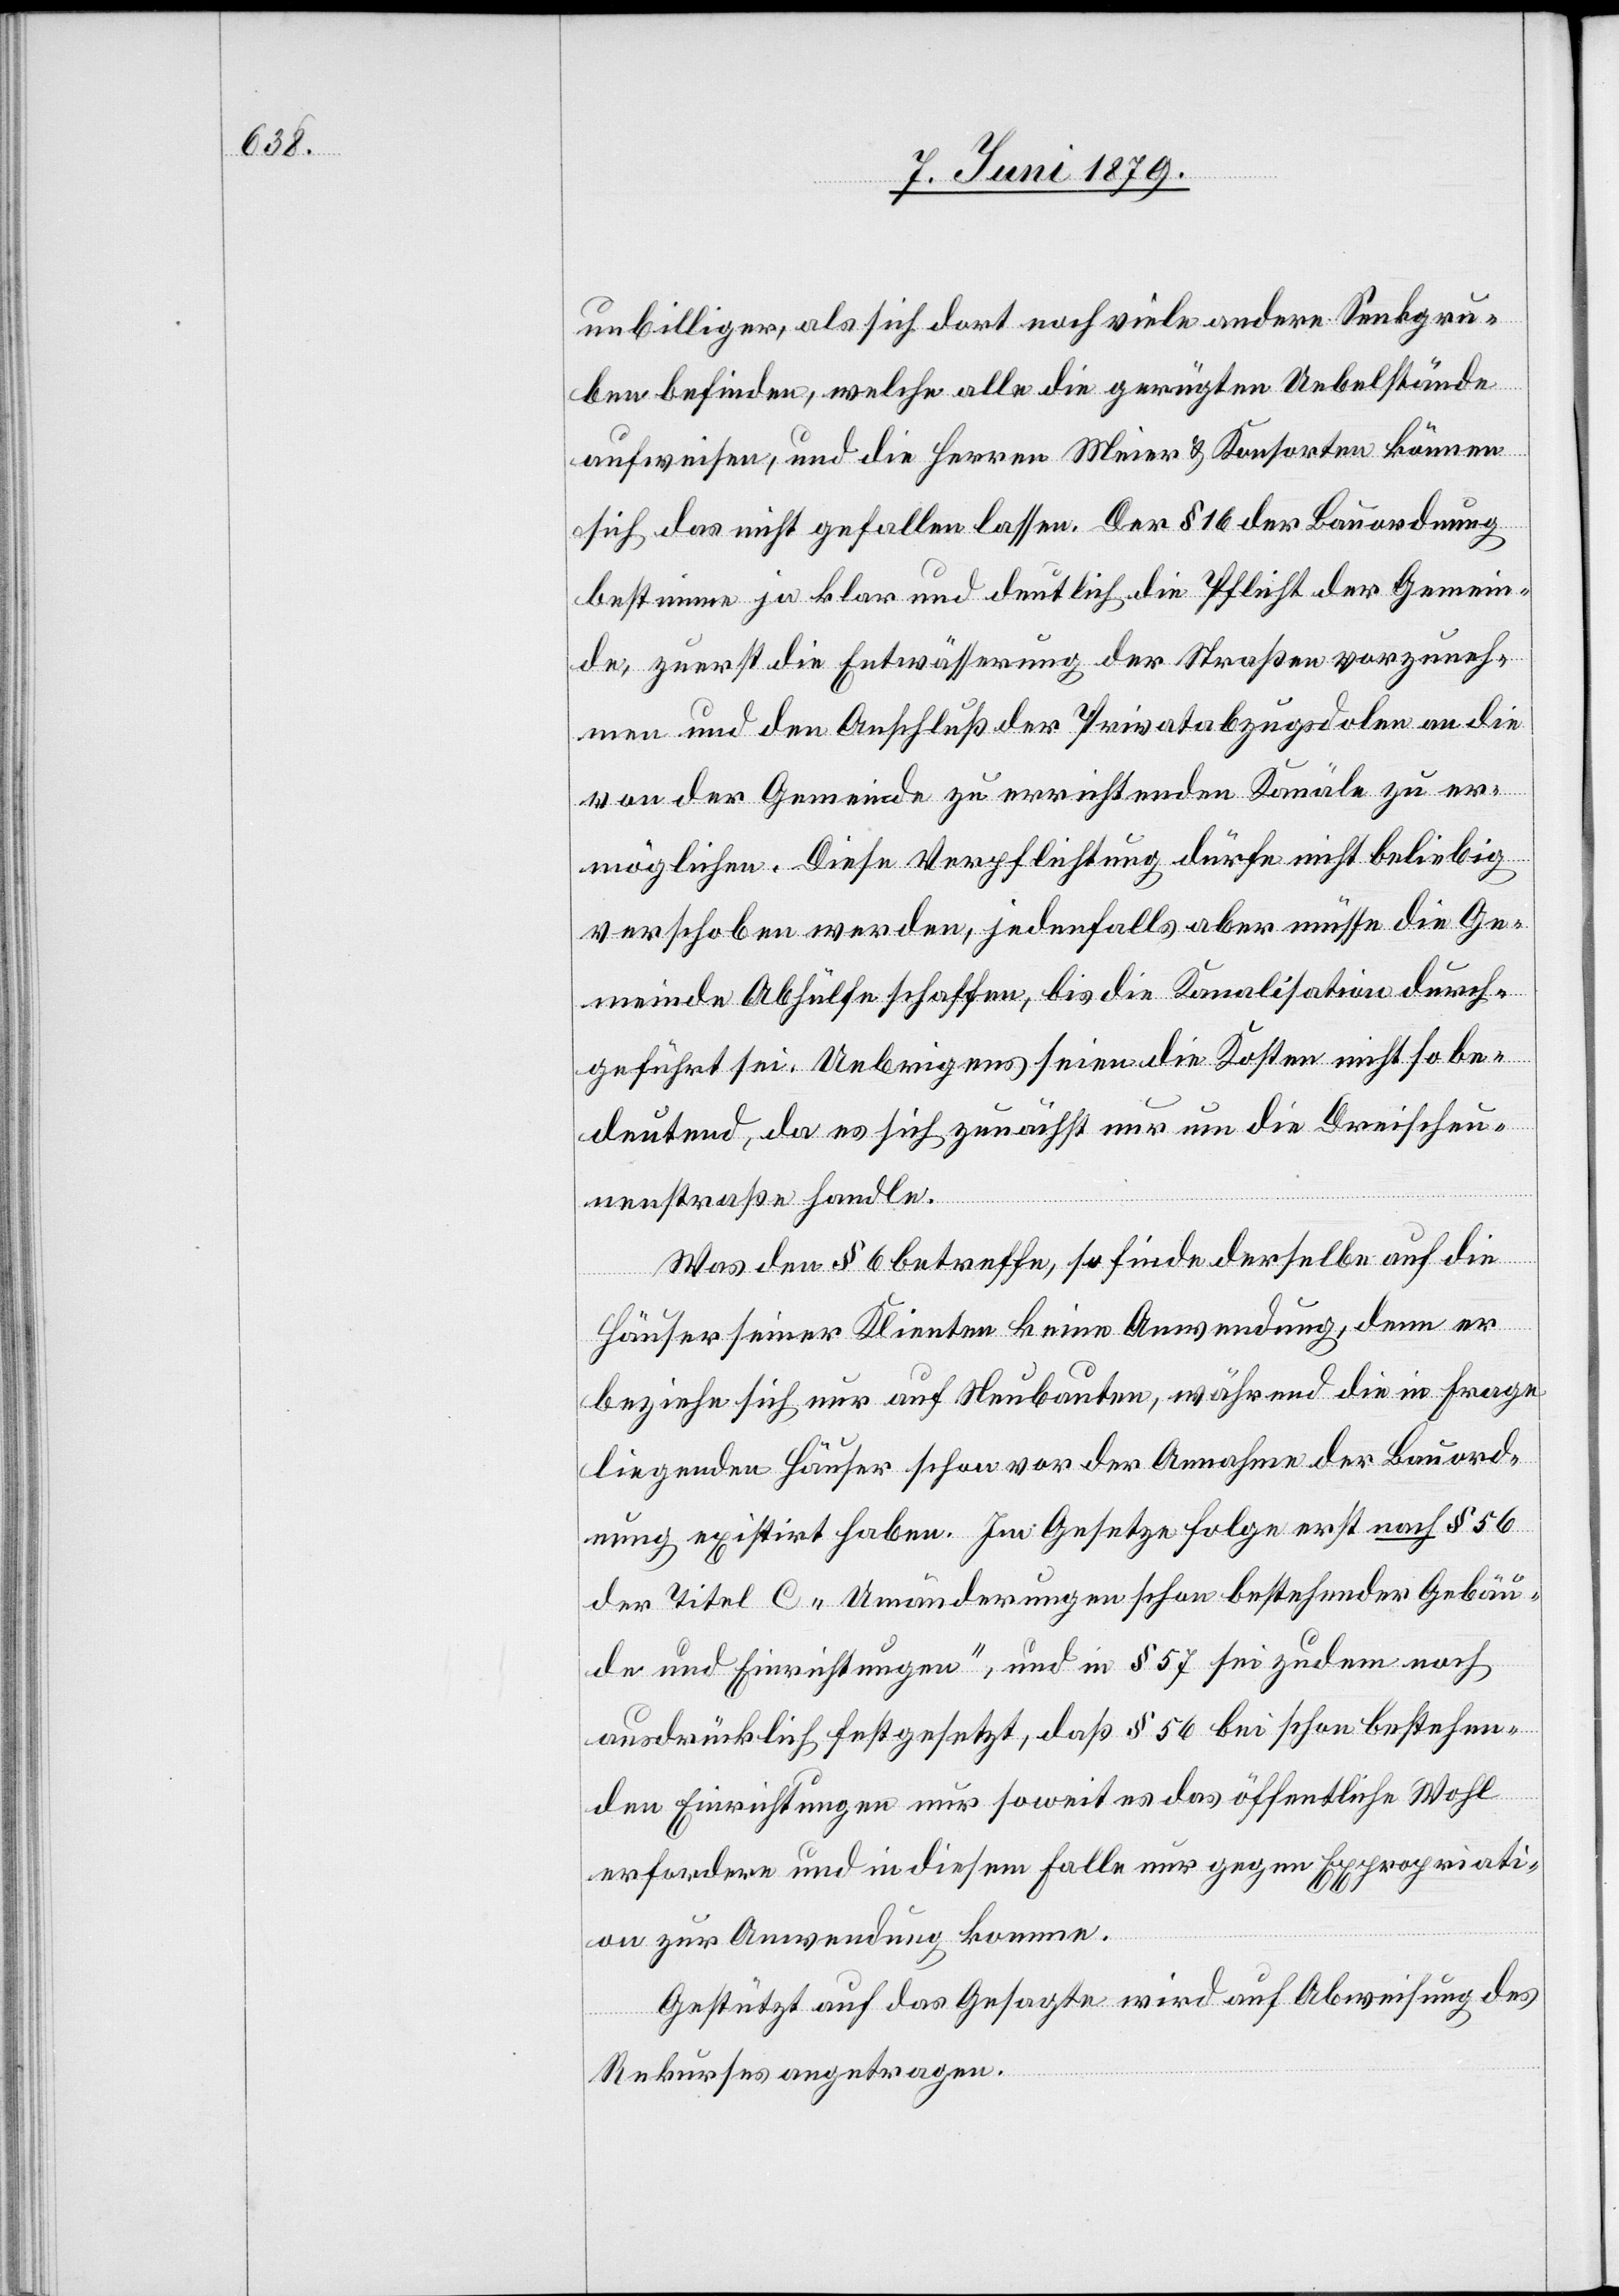
unbilliger, als sich dort noch viele andere Senkgru¬
ben befinden, welche alle die gerügten Uebelstände
aufweisen, und die Herren Meier & Konsorten können
sich das nicht gefallen lassen. Der § 16 der Bauordnung
bestimme ja klar und deutlich die Pflicht der Gemein¬
de, zuerst die Entwässerung der Straßen vorzuneh¬
men und den Anschluß der Privatabzugsdolen an die
von der Gemeinde zu errichtenden Kanäle zu er¬
möglichen. Diese Verpflichtung dürfe nicht beliebig
verschoben werden, jedenfalls aber müsse die Ge¬
meinde Abhülfe schaffen, bis die Kanalisation durch¬
geführt sei. Uebrigens seien die Kosten nicht so be¬
deutend, da es sich zunächst nur um die Dreischeu¬
nenstraße handle.
Was den § 6 betreffe, so finde derselbe auf die
Häuser seiner Klienten keine Anwendung, denn er
beziehe sich nur auf Neubauten, während die in Frage
liegenden Häuser schon vor der Annahme der Bauord¬
nung existirt haben. Im Gesetze folge erst nach § 56
der Titel C „Umänderungen schon bestehender Gebäu¬
de und Einrichtungen“, und in § 57 sei zudem noch
ausdrücklich festgesetzt, daß § 56 bei schon bestehen¬
den Einrichtungen nur soweit es das öffentliche Wohl
erfordere und in diesem Falle nur gegen Expropriati¬
on zur Anwendung komme.
Gestützt auf das Gesagte wird auf Abweisung des
Rekurses angetragen.